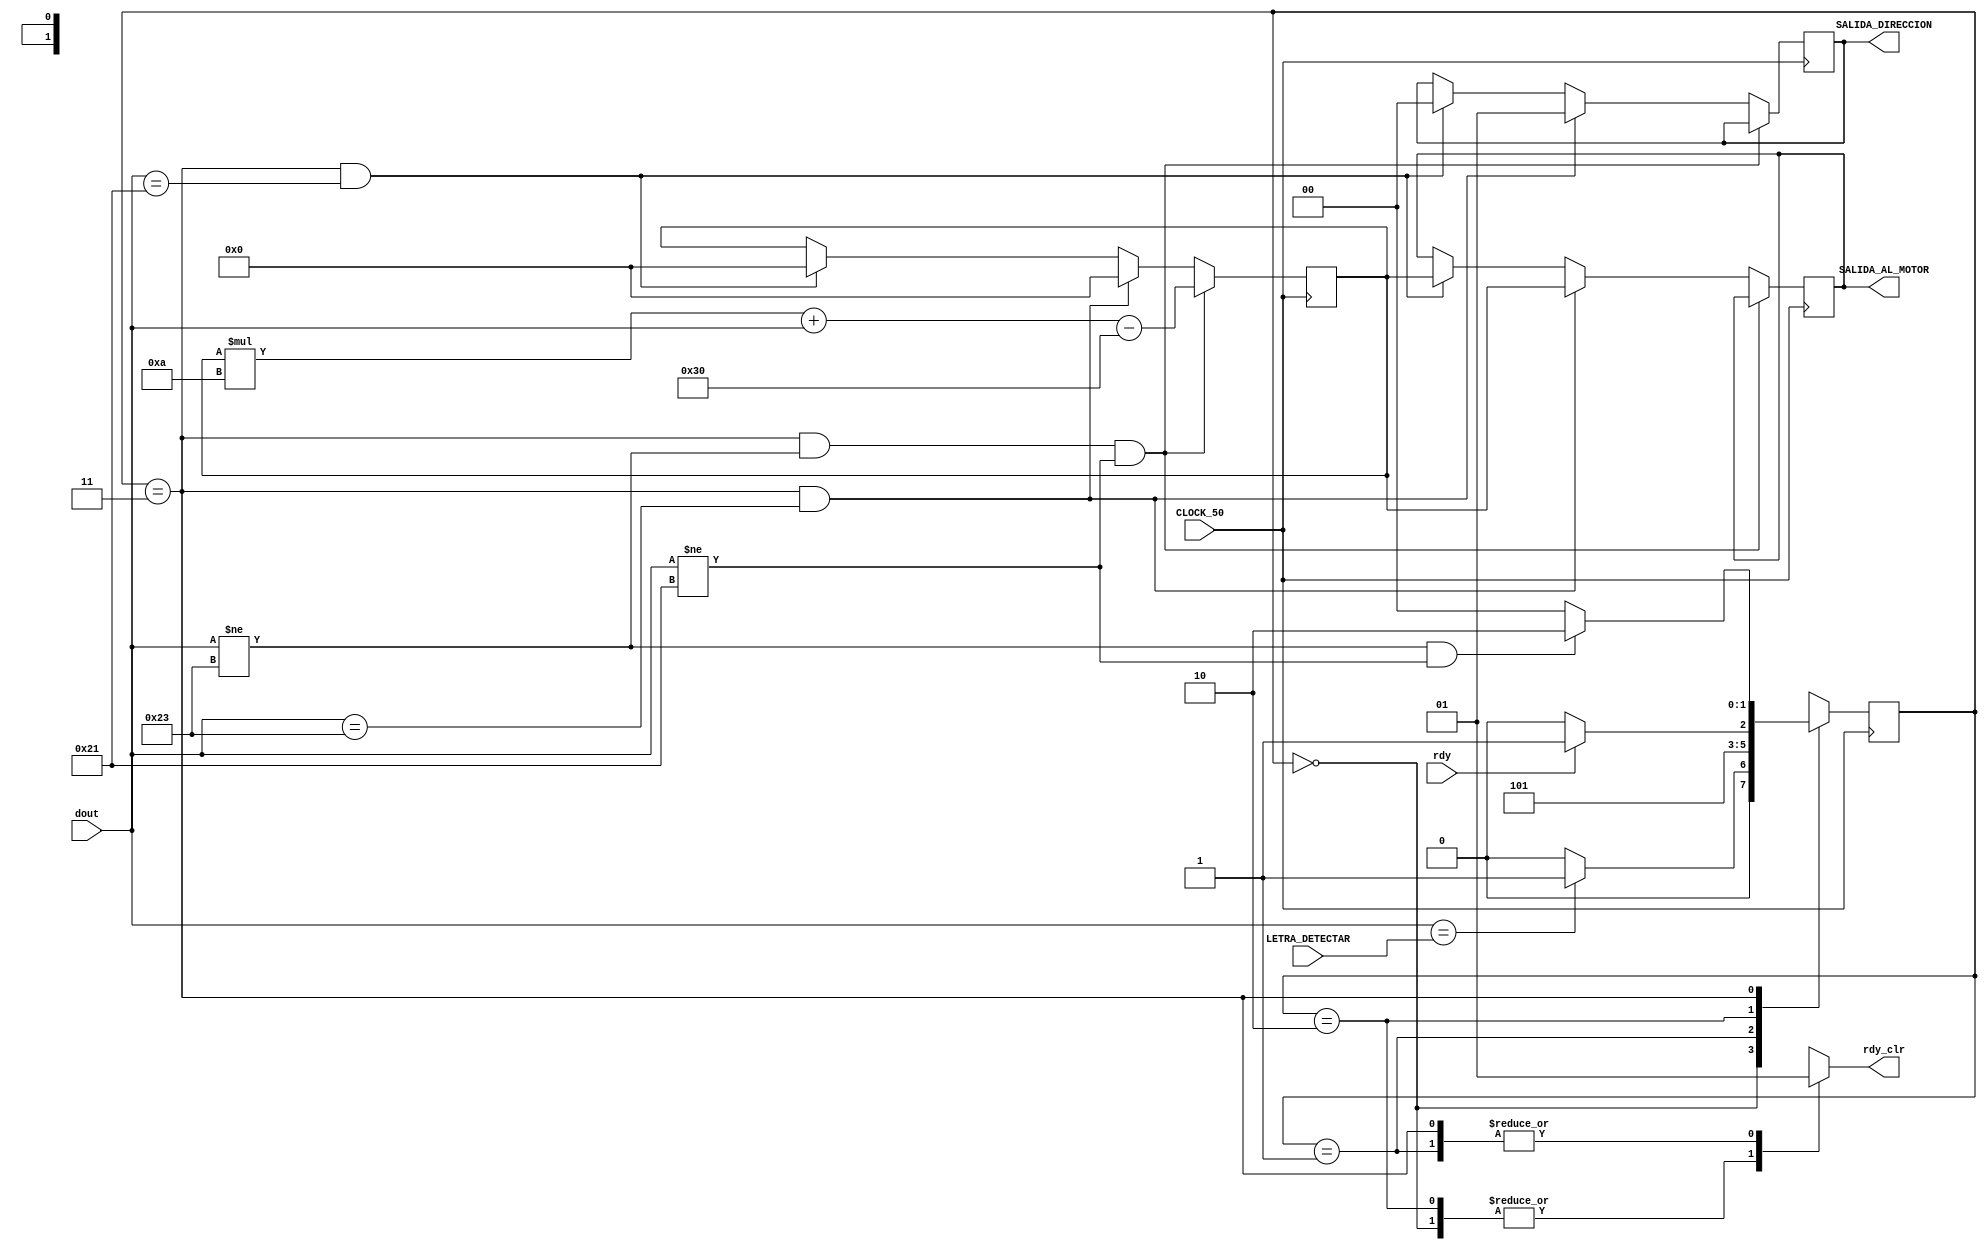
//ESTE MODULO NO ESTA COMENTADO YA QUE ES CASI IGUAL AL DETECTOR_MENSAJES.V//
//ESTE MODULO NO ESTA COMENTADO YA QUE ES CASI IGUAL AL DETECTOR_MENSAJES.V//
//ESTE MODULO NO ESTA COMENTADO YA QUE ES CASI IGUAL AL DETECTOR_MENSAJES.V//
module Detector_Mensajes_01(rdy, rdy_clr, dout, CLOCK_50, SALIDA_AL_MOTOR, SALIDA_DIRECCION, LETRA_DETECTAR);


//Entradas y salidas

input rdy;
input [7:0] dout;
input CLOCK_50;
input [7:0] LETRA_DETECTAR;

output rdy_clr;
reg salida_rdy_clr;
assign rdy_clr=salida_rdy_clr;

//PWM de salida

output [7:0] SALIDA_AL_MOTOR;
reg [7:0] PWM_SALIDA = 0;
assign SALIDA_AL_MOTOR=PWM_SALIDA;

//DIRECCION SALIDA

output signed [1:0] SALIDA_DIRECCION;
reg signed [1:0] SENTIDO_RX = 0;
assign SALIDA_DIRECCION=SENTIDO_RX;

//Dato temporal recibido

reg [7:0] TEMPORAL = 0;

//Constantes de estado

parameter ESPERA=2'd0;
parameter LISTO=2'd1;
parameter ESPERANDO_BYTE=2'd2;
parameter LEER_BYTE=2'd3;




parameter CARACTER_TERMINACION = 8'd35; //#
parameter CARACTER_TERMINACION_ATRAS = 8'd33; //!

//Registros de estado

reg [1:0] estado_actual=ESPERA;//Estado inicial
reg [1:0] estado_futuro;//Registro del estado futuro


//Logica secuencial


always@(posedge CLOCK_50)
begin
	estado_actual<=estado_futuro;//Sin reset pasa al estado siguiente
end

always@(posedge CLOCK_50)
begin
	if( (estado_actual == LEER_BYTE) && (dout != CARACTER_TERMINACION) && (dout != CARACTER_TERMINACION_ATRAS ))
		TEMPORAL <= (TEMPORAL*10) + dout - 48;
	else if ( (estado_actual == LEER_BYTE) && (dout == CARACTER_TERMINACION ) )
		begin
			PWM_SALIDA <= TEMPORAL;
			SENTIDO_RX <= 1;
			TEMPORAL <= 0;
		end
	else if ( (estado_actual == LEER_BYTE) && (dout == CARACTER_TERMINACION_ATRAS ) )
		begin
			PWM_SALIDA <= TEMPORAL;
			SENTIDO_RX <= 0;
			TEMPORAL <= 0;
		end
end

//Fin logica secuencial





//Logica combinacional de estados
always@(*)
begin
case(estado_actual)

ESPERA:begin
			if(dout==LETRA_DETECTAR)
				estado_futuro=LISTO;
			else
				estado_futuro=ESPERA;
			end
LISTO:begin
			estado_futuro=ESPERANDO_BYTE;
		end

ESPERANDO_BYTE:begin
			if(rdy)
				estado_futuro=LEER_BYTE;
			else
				estado_futuro=ESPERANDO_BYTE;
			end
			
LEER_BYTE:begin
			if(dout != CARACTER_TERMINACION  && dout != CARACTER_TERMINACION_ATRAS )
				estado_futuro=ESPERANDO_BYTE;
			else
				estado_futuro=ESPERA;
	
			end

			
			


default:estado_futuro=ESPERA;//Caso defecto
endcase
end







//Logica combinacional de salidas
always@(*)
begin
case(estado_actual)

ESPERA:begin
		salida_rdy_clr=0;
		end
		
LISTO:begin
		salida_rdy_clr=1;
		end

ESPERANDO_BYTE:begin
		salida_rdy_clr=0;
		end
		
LEER_BYTE:begin
		salida_rdy_clr=1;
		end

		
endcase
end





endmodule